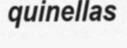
quinellas